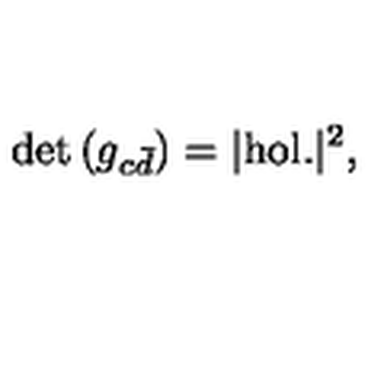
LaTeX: \det { ( g _ { c { \bar { d } } } ) } = | \mathrm { h o l . } | ^ { 2 } ,